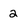
Character: 2